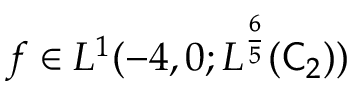
f \in L ^ { 1 } ( - 4 , 0 ; L ^ { \frac 6 5 } ( \mathsf C _ { 2 } ) )